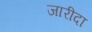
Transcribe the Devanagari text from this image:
जारीदा